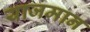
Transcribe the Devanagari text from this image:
याजमान